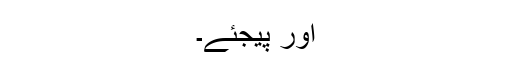
اور پیجئے۔